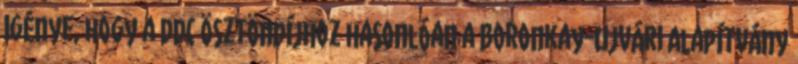
igénye, hogy a DDC ösztöndíjhoz hasonlóan a Boronkay-Ujvári Alapítvány